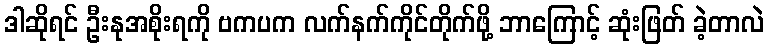
ဒါဆိုရင် ဦးနုအစိုးရကို ဗကပက လက်နက်ကိုင်တိုက်ဖို့ ဘာကြောင့် ဆုံးဖြတ် ခဲ့တာလဲ